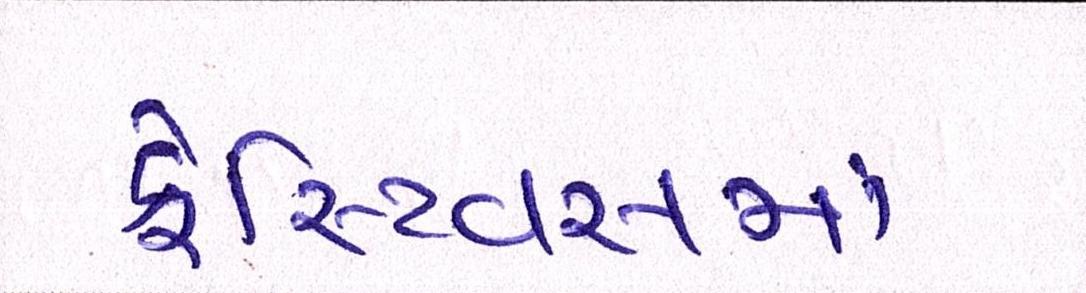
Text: ફેસ્ટિવસમાં